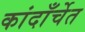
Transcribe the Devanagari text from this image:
कांदाँर्चेत